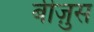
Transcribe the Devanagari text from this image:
बीज़ुस